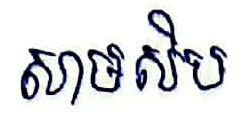
សាមសិប